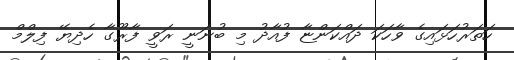
ހަތަރުހަޅައިގެ ވާހަކަ ދައްކަންޏާ ފުއާދު މި ބުނަނީ ރަވީ ފާރޫގާ ހެދިޔޭ ފިލްމް